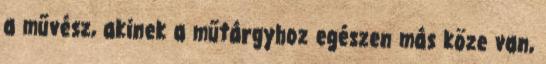
a művész, akinek a műtárgyhoz egészen más köze van,